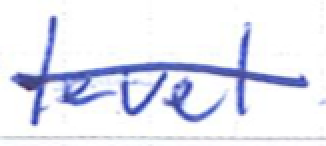
Text: level
Cross-out: single-line
Writing tool: ballpoint